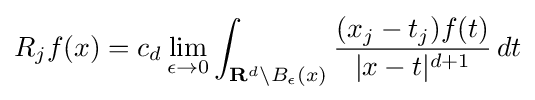
R_{j}f(x)=c_{d}\lim _{\epsilon \to 0}\int _{\mathbf {R} ^{d}\backslash B_{\epsilon }(x)}{\frac {(x_{j}-t_{j})f(t)}{|x-t|^{d+1}}}\,dt